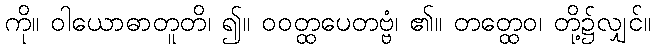
ကို။ ဝါယောဓာတူတိ၊ ၍။ ဝဝတ္ထပေတဗ္ဗံ၊ ၏။ တတ္ထေဝ၊ တို့၌လျှင်။